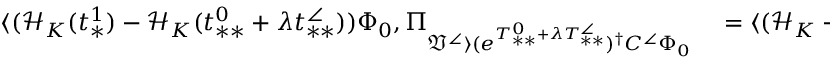
\begin{array} { r l } { \langle ( \mathcal { H } _ { K } ( t _ { * } ^ { 1 } ) - \mathcal { H } _ { K } ( t _ { * * } ^ { 0 } + \lambda t _ { * * } ^ { \angle } ) ) \Phi _ { 0 } , \Pi _ { \mathfrak { V } ^ { \angle } \rangle ( e ^ { T _ { * * } ^ { 0 } + \lambda T _ { * * } ^ { \angle } } ) ^ { \dag } C ^ { \angle } \Phi _ { 0 } } } & { { } = \langle ( \mathcal { H } _ { K } - \mathcal { E } _ { \mathrm { K P } } ( t _ { * * } ^ { 1 } ( \lambda ) , \lambda ) ) e ^ { T _ { * * } ^ { 0 } + \lambda T _ { * * } ^ { \angle } } \Phi _ { 0 } , ( c _ { 0 } I + C ^ { 0 } + C ^ { \angle } ) \Phi _ { 0 } \rangle } \end{array}